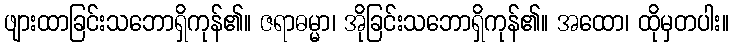
ဖျားထာခြင်းသဘောရှိကုန်၏။ ဇရာဓမ္မာ၊ အိုခြင်းသဘောရှိကုန်၏။ အထော၊ ထိုမှတပါး။